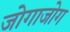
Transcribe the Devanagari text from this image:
जोगाजोग